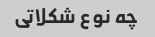
چه نوع شکلاتی